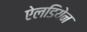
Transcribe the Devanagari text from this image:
ऐलडियेन